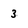
Character: 3